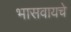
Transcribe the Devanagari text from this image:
भासवायचे